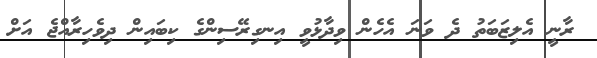
ރާނީ އެލިޒަބަތު ދެ ވަނަ އެހެން ވިދާޅުވީ އިނގިރޭސިންގެ ކިބައިން ދިވެހިރާއްޖެ އަށް